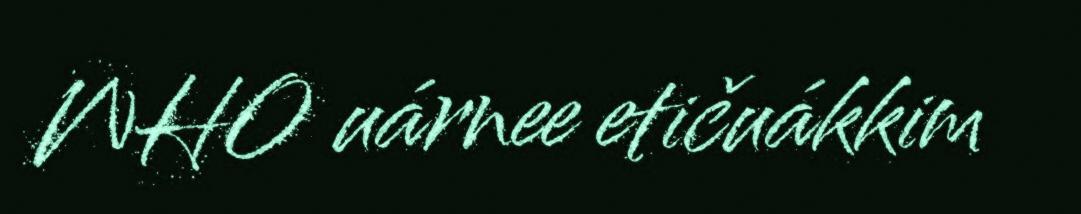
WHO uárnee etičuákkim